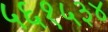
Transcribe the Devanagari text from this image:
५६१५३४